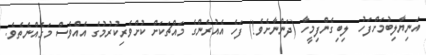
އަނިޔާލިބުމަށްފަހު  ލިބިގެންފިމީހާ (ދަންނާށެވެ!) ފަހެ އެއުރެންގެ މައްޗަކަށް ކުށްވެރިކުރުމުގެ އެއްވެސް މަގެއްނެތެވެ.